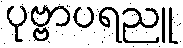
ပုဗ္ဗာပရညူ